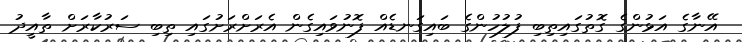
އޭނާގެ އަޅުންގެ ގޮތުގައިތިބި ފުލުހުންގެ ބައިގަނޑެއް ފޮނުވައިގެން އެރަށްރަށުގައި ތިބި ސަރުކާރަށް ތާއީދު